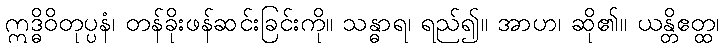
ဣဒ္ဓိဝိတုပ္ပနံ၊ တန်ခိုးဖန်ဆင်းခြင်းကို။ သန္ဓာရ၊ ရည်၍။ အာဟ၊ ဆို၏။ ယန္တိဧတ္ထ၊